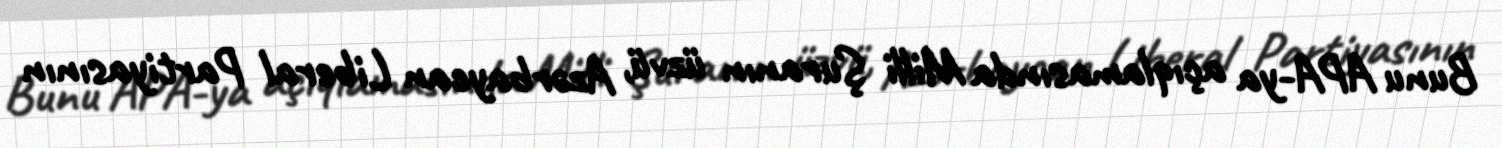
Bunu APA-ya açıqlamasında Milli Şuranın üzvü, Azərbaycan Liberal Partiyasının